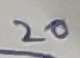
Text: 20